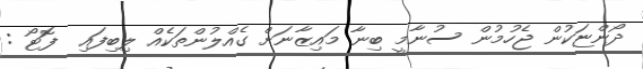
ދޯންޏަކުން ޖެހުމުން ސުނާމީ ބިނާ މައިޒާނަށް ގެއްލުންތަކެއް ލިބިފައި  ފޮޓޯ :